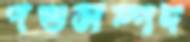
পশুসম্পদ